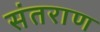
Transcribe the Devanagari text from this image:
संतराण